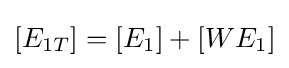
[E_{1T}]=[E_{1}]+[WE_{1}]